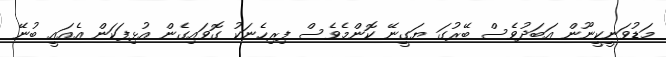
މަޑުވަނީކީނޫން އަބަދުވެސް ބޭރުގަ ޔަގީނޭ ކޮންމެވެސް ފިރިހެނަކު ގޮވައިގެން އުޅިފަކަން އެއައީ ބުނޭ